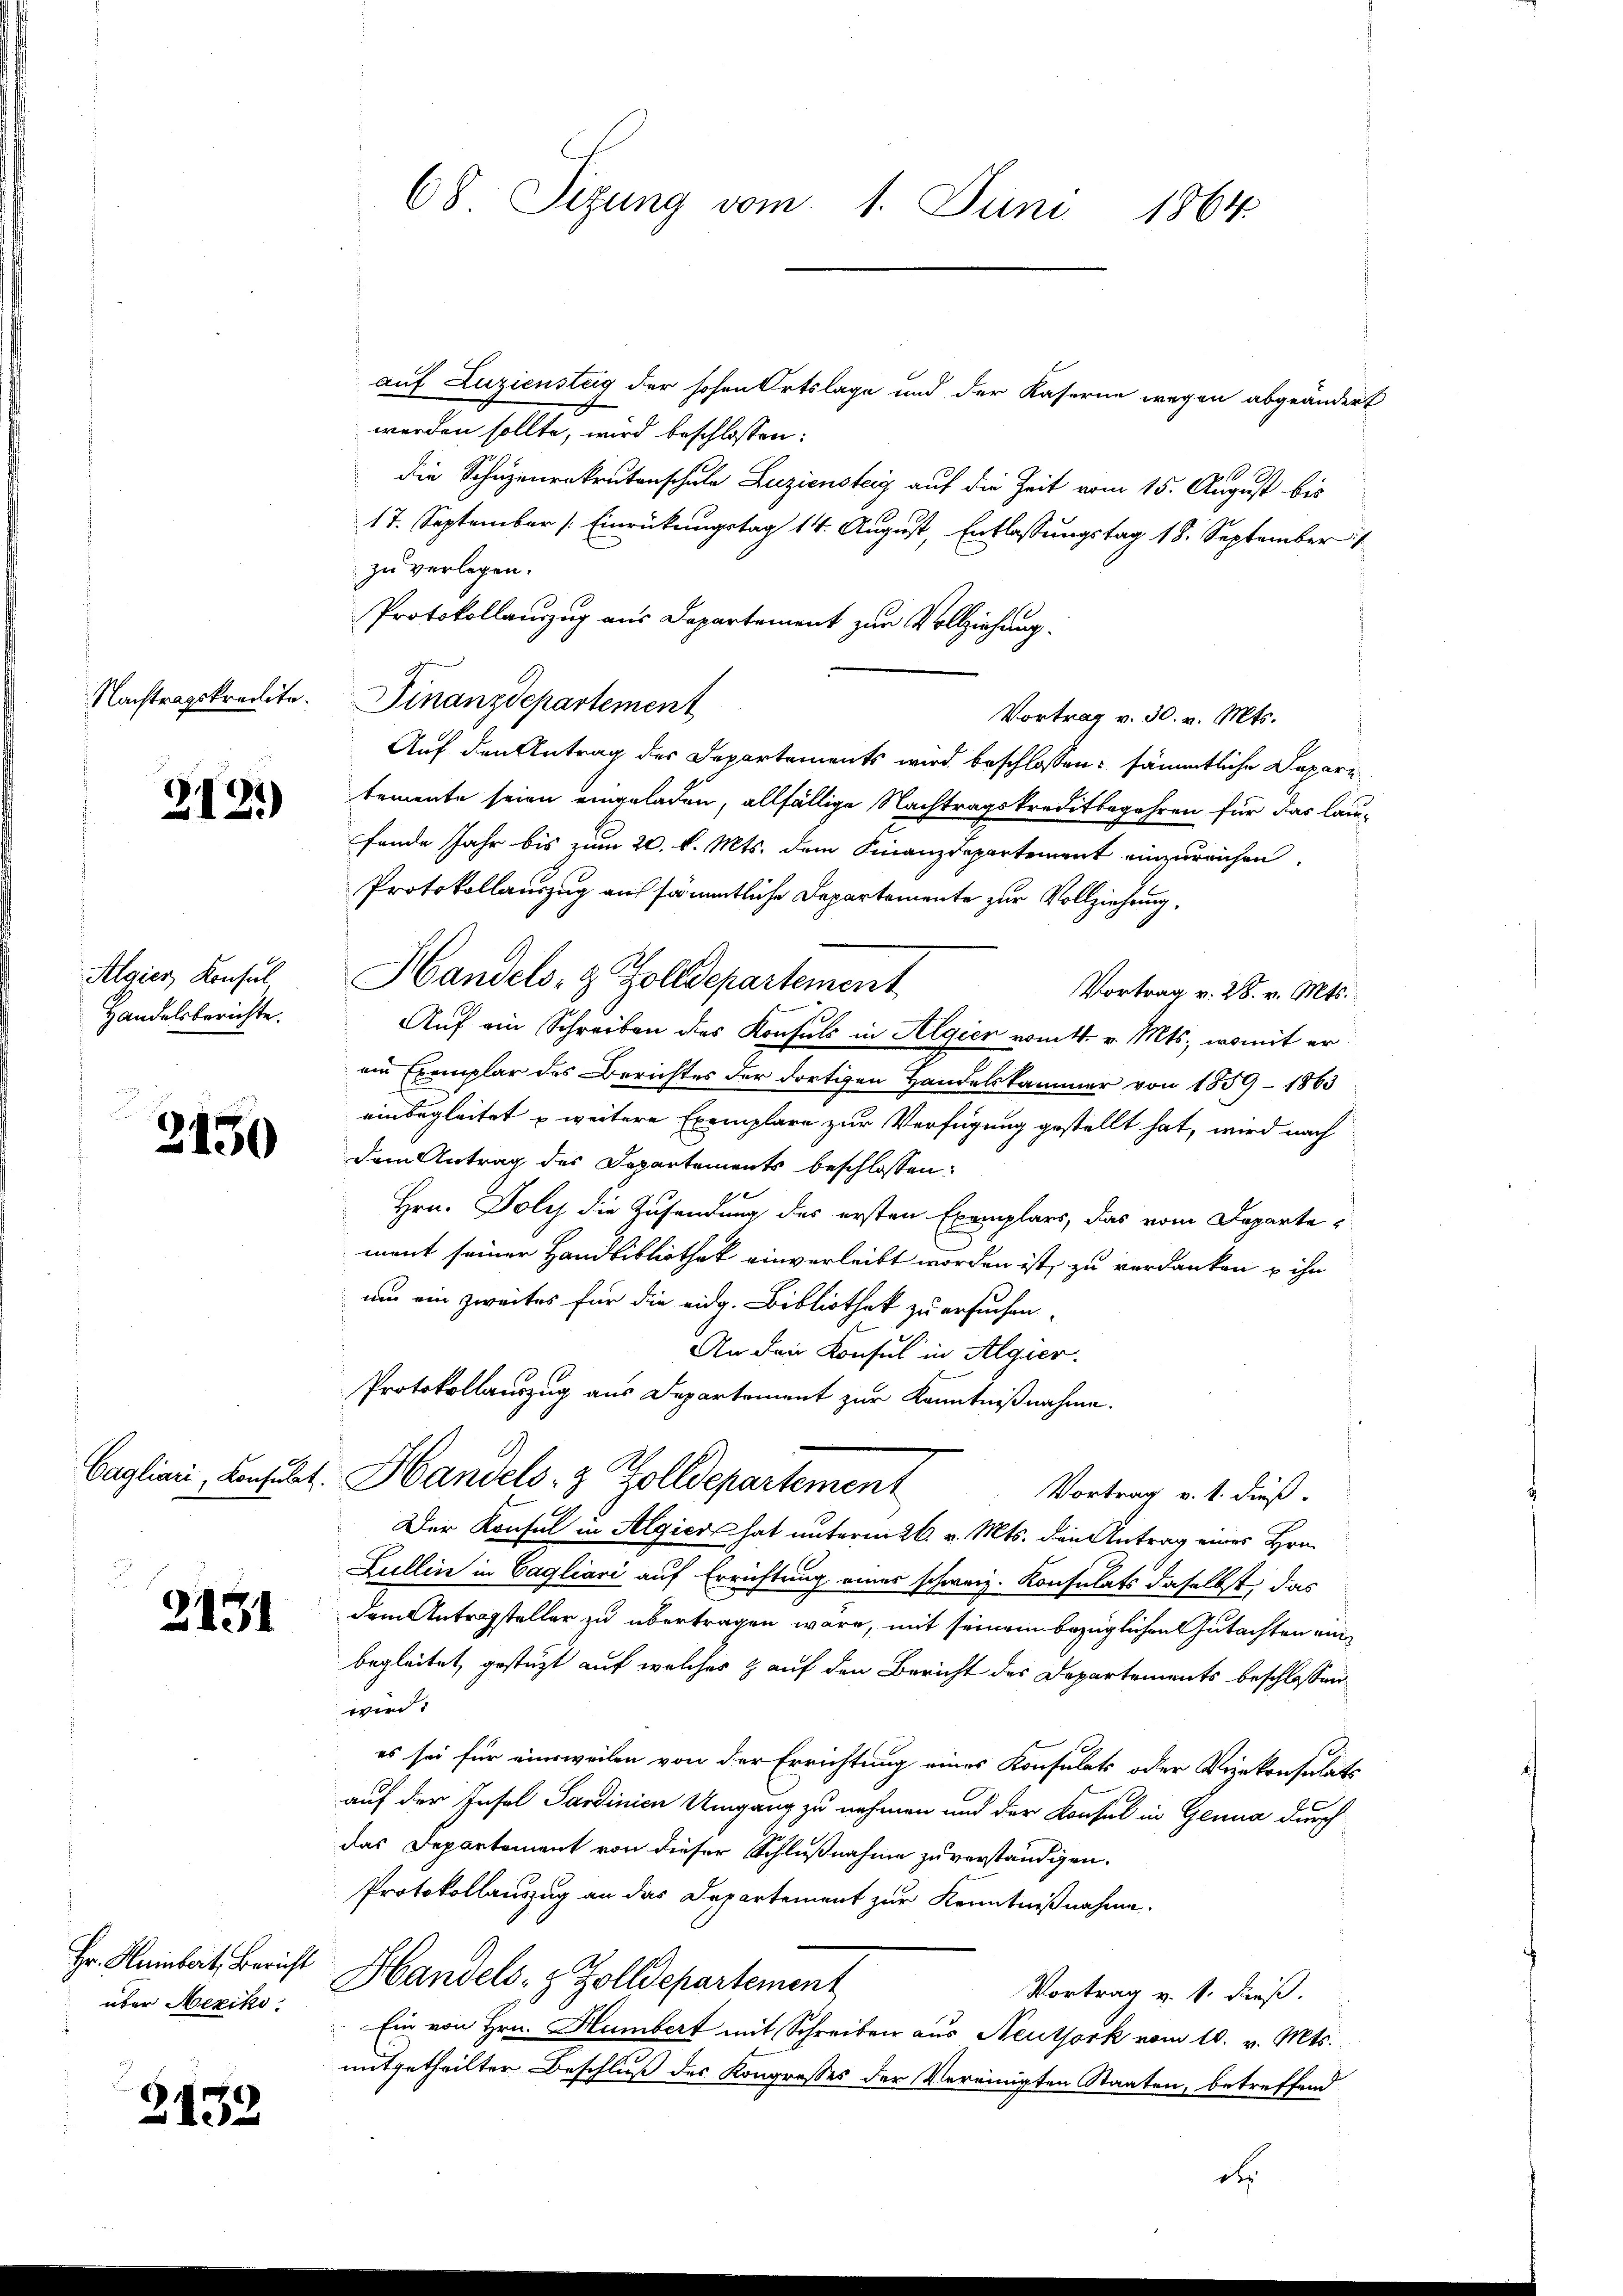
2121)

Algier, Konsul
Handelsberichte.

2150

2131

über Mexiko

2132

auf Luziensteig der hohen Ortslage und der Kaserne wegen abgeändert
werden sollte, wird beschlossen:
die Schuzenenkrutenschule Zuziensteig auf die Zeit vom 15. August bis
17. September [Einrückungstag 14. August, Entlassungstag 18. September 1
zu verlegen.
Protokollauszug aus Departement zur Vollziehung.
Nachtragskredite. Finanzdepartement
Vortrag v. 30. v. Mts.
Auf den Antrag der Departements wird beschlossen: sämmtliche Depari
temente seien eingeladen, allfällige Nachtragskreditbegehren für das laufende Jahr bis zum 20. d. Mts. dem Finanzdepartement einzureichen.
Protokollauszug auf sämmtliche Departemente zur Vollziehung,
Handels- & Zolldepartement
Vortrag v. 28. v. Mts.
Auf ein Schreiben des Konsuls in Algien vom 4. v. Mts., womit er
ei Exemplar des Berichtes der dortigen Handelskammer von 1859–1863
einbegleitet u weitere Exemplare zur Verfügung gestellt hat, wird nach
dem Antrag des Departements beschlossen:
Hrn. Poly die Zusendung des ersten Exemplars, das vom Departe
ment seiner Handbibliothek einverleibt worden ist, zu verdanken u ihn
um ein zweites für die eidg. Bibliothek zu ersuchen.
1
An den Konsul in Algier.
Protokollauszug aus Departement zur Kenntnißnahme.
Caglian, konsult. Handels- & Zolldepartement
Vortrag v. 1. dieß
Der Konsul in Algier hat unterm 26. v. Mts. den Antrag eines Hrn.
Zullin in Cagliari auf Errichtung eines schweiz. Konsulats daselbst, das
dem Antragsteller zu übertragen wäre, mit seinem bezüglichen Gutachten ein
begleitet, gestützt auf welches & auf den Bericht des Departements beschlossen:
wird
es sei für einweilen von der Errichtung eines Konsulats oder Vizekonsulats
auf der Insel Sardinien Umgang zu nehmen und der Konsul in Genua durch
das Departement von dieser Schlußnahme zu verständigen.
Protokollauszug an das Departement zur Kenntnißnahme.
Hr. Reinbart, Bericht Handels- & Zolldepartement
Vortrag v. 1. dieß.
Ein von Hrn. Humbert mit Schreiben aus Neuthork vom 10. v. Mts.
mitgetheilter Beschluß des Kongresses der Vereinigten Staaten, betreffend

68 Sizung vom 1. Juni 1864.

d